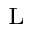
_ \mathrm { L }